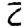
Digit: 2